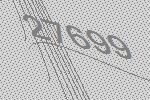
27699